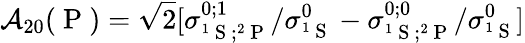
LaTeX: \mathcal{A}_{20}(\mathrm{~P~})=\sqrt{2}\lbrack{\sigma}_{^1\mathrm{~S~};^{2}\mathrm{~P~}}^{0;1}/{\sigma}_{^1\mathrm{~S~}}^{0}-{\sigma}_{^1\mathrm{~S~};^{2}\mathrm{~P~}}^{0;0}/{\sigma}_{^1\mathrm{~S~}}^{0}\rbrack